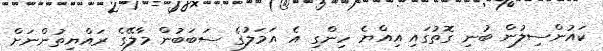
ކައުންސިލުން ބުނި ގޮތުގައި އިއްޔެ ހިންގި އެ އަމަލުގެ ސަބަބުން މާލޭގެ ރައްޔިތުންނަށް